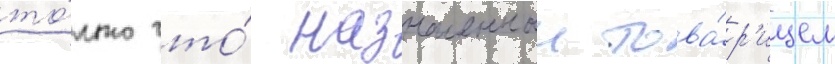
то́лько что́ назначенныи това́р'ищем